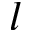
l